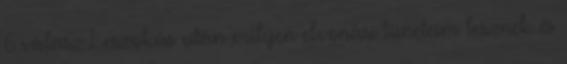
6 válasz Leszokás után milyen elvonási tüneteim lesznek és